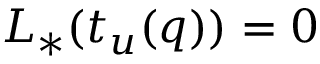
L _ { * } ( t _ { u } ( q ) ) = 0